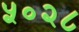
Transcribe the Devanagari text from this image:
५०२८